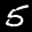
Label: 5